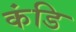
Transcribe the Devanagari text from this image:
कंडि